Vaccination in Bombay 1924-1928 - 1924-1928
Year: 1924
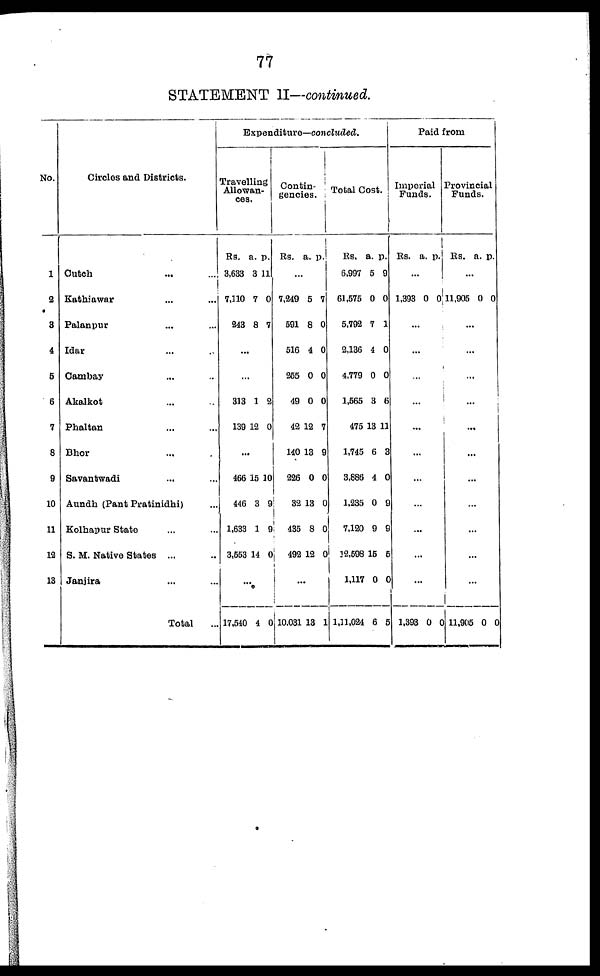
77
STATEMENT II—continued.
No.
1
2
3
4
5
6
7
8
9
10
11
12
13
Circles and Districts.
Cutch ... ...
Kathiawar ... ...
Palanpur ... ...
Idar ... ...
Cambay ... ...
Akalkot ... ...
Phaltan ... ...
Bhor ... ...
Savantwadi ... ...
Aundh (Pant Pratinidhi) ...
Kolhapur State ... ...
S. M. Native States ... ...
Janjira ... ...
Total ...
Expenditure—concluded.
Travelling
Allowan-
ces.
Rs.
3,633
7,110
243
a.
3
7
8
p.
11
0
7
...
...
313
139
1
12
2
0
...
466
446
1,633
3,553
15
3
1
14
10
9
9
0
...
17,540 4 0
Contin-
gencies.
Rs. a. p.
...
7,249
591
516
255
49
42
140
226
32
435
492
5
8
4
0
0
12
13
0
13
8
12
7
0
0
0
0
7
9
0
0
0
0
...
10,031 13 1
Total Cost.
Rs.
6,997
61,575
5,792
2,136
4,779
1,565
475
1,745
3,886
1,235
7,120
12,598
1,117
1,11,024
a.
5
0
7
4
0
3
13
6
4
0
9
15
0
6
p.
9
0
1
0
0
6
11
3
0
9
9
5
0
5
Paid from
Imperial
Funds.
Rs. a. p.
...
1,393 0 0
...
...
...
...
...
...
...
...
...
...
...
1,393 0 0
Provincial
Funds.
Rs. a. p.
...
11,905 0 0
...
...
...
...
...
...
...
...
...
...
...
11,905 0 0